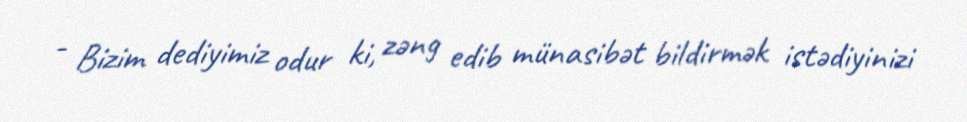
- Bizim dediyimiz odur ki, zəng edib münasibət bildirmək istədiyinizi